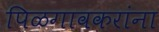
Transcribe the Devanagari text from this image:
पिळगावकरांना